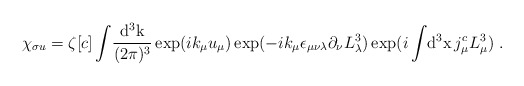
\begin{align*}\chi_{\sigma u}=\zeta[c]\int\!\frac{\rm d^3k}{(2\pi)^3}\exp(ik_\mu u_\mu)\exp(-ik_\mu\epsilon_{\mu\nu\lambda}\partial_\nu L^3_\lambda)\exp(i\int\!{\rm d^3x}\,j^c_\mu L^3_\mu)~.\end{align*}